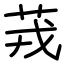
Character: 茙